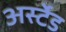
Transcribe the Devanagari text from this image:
अर्स्टेड